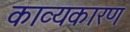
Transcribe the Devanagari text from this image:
काव्यकारण